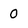
Character: 0